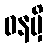
ဝနမှိ